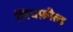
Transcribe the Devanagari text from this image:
लिचफ़ील्ड